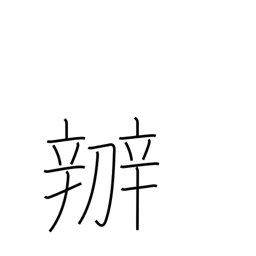
Meaning: manage